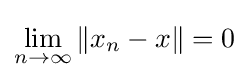
\lim _{n\to \infty }\Vert x_{n}-x\Vert =0